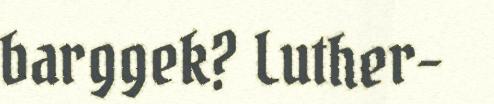
barggek? Luther-